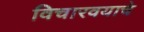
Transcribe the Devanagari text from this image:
विचारवयाचे